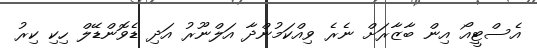
އެސްޓީއޯ އިން ބާޒާރަށް ނެރެ ވިއްކަމުންދާ އަލްނޫރު އަދި ޑެވޮންޑޭލް ހިކި ކިރު